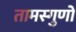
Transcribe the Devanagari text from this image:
तामस्गुणों